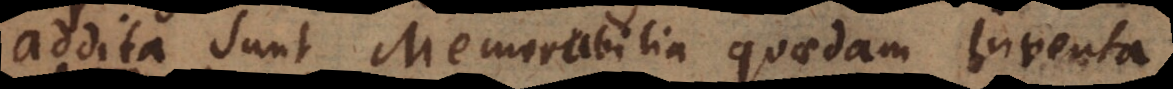
Addita sunt Memorabilia quaedam Inventa